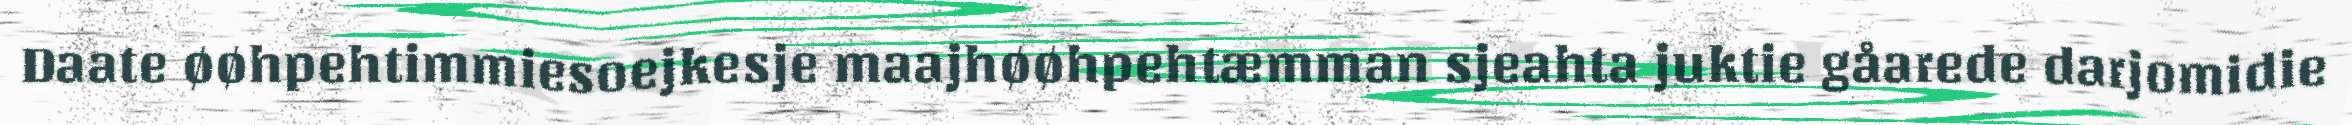
Daate øøhpehtimmiesoejkesje maajhøøhpehtæmman sjeahta juktie gåarede darjomidie